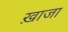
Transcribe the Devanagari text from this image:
ख़ाजा